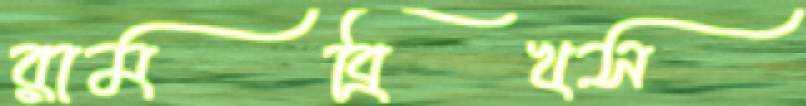
রামব্রিখস